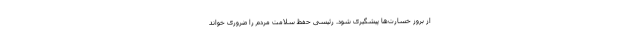
از بروز خسارت‌ها پیشگیری شود. رئیسی حفظ سلامت مردم را ضروری خواند